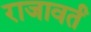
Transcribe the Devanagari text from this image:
राजावर्तं